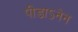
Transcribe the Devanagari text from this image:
पीडाऽनेन